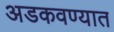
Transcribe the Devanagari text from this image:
अडकवण्यात